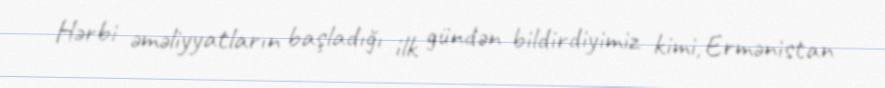
Hərbi əməliyyatların başladığı ilk gündən bildirdiyimiz kimi, Ermənistan